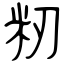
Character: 籾